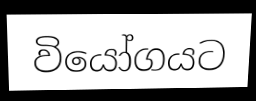
වියෝගයට